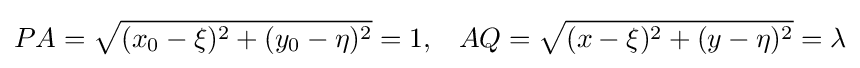
PA={\sqrt {(x_{0}-\xi )^{2}+(y_{0}-\eta )^{2}}}=1,\;\;\;AQ={\sqrt {(x-\xi )^{2}+(y-\eta )^{2}}}=\lambda